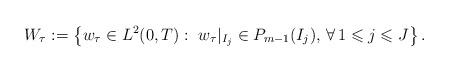
LaTeX: \begin{align*} W_\tau := \left\{ w_\tau \in L^2(0,T):\ w_\tau|_{I_j} \in P_{m-1}(I_j),\,\forall\,1\leqslant j \leqslant J \right\}.\end{align*}